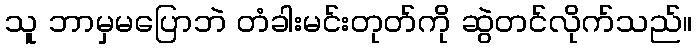
သူ ဘာမှမပြောဘဲ တံခါးမင်းတုတ်ကို ဆွဲတင်လိုက်သည်။